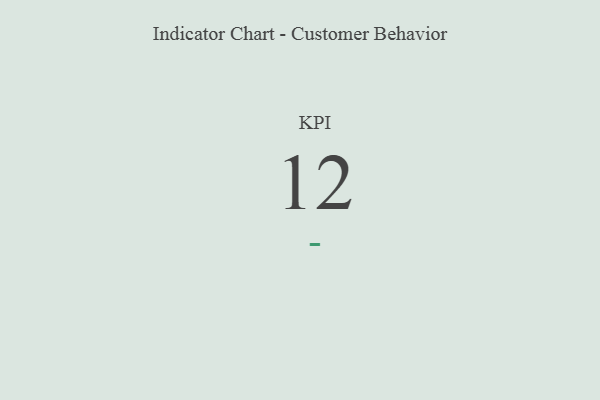
{"axis": {"x": "KPI", "y": "Value"}, "legend": [""], "data": [{"x": "KPI", "y": 12, "type": ""}]}